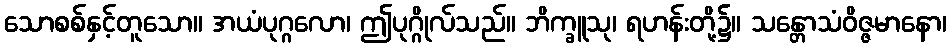
သောစစ်နှင့်တူသော။ အယံပုဂ္ဂလော၊ ဤပုဂ္ဂိုလ်သည်။ ဘိက္ခူသု၊ ရဟန်းတို့၌။ သန္တောသံဝိဇ္ဇမာနော၊